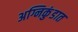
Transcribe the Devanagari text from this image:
अग्निकुंडात